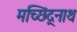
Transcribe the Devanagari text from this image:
मच्छिंद्र्नाथ